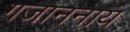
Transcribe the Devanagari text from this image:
गजाननाय